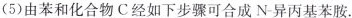
(5)由苯和化合物C经如下步骤可合成N-异丙基苯胺.